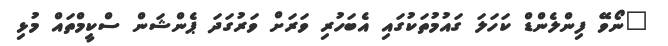
"ނޯވޭ ފިންލެންޑް ކަހަލަ ގައުމުތަކުގައި އެބަހުރި ވަރަށް ވަރުގަދަ ޕެންޝަން ސްކީމްތައް މުޅި